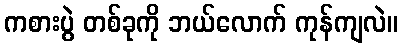
ကစားပွဲ တစ်ခုကို ဘယ်လောက် ကုန်ကျလဲ။